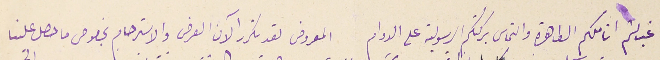
غب لثم اناملكم الطاهرة والتماس بركتكم الرسولية على الدوام المعروض لقد تكرر الآن العرف والاسترحام بخصوص ما حصل علينا